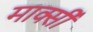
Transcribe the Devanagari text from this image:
मार्क्सी